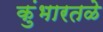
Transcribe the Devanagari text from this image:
कुंभारतळे